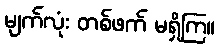
မျက်လုံး တစ်ဖက် မရှိကြ။